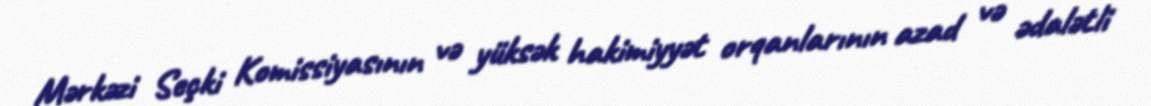
Mərkəzi Seçki Komissiyasının və yüksək hakimiyyət orqanlarının azad və ədalətli